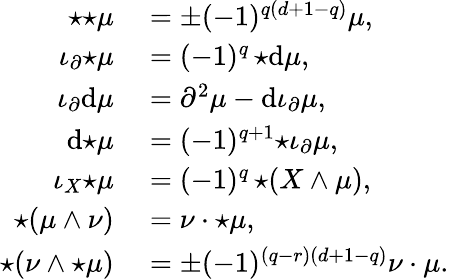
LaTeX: \begin{array}{rl}{{\star{\star\mu}}}&{{}=\pm(-1)^{q(d+1-q)}\mu,}\\ {\iota_{\partial}{\star\mu}}&{{}=(-1)^{q}\, {\star\mathrm{d}\mu},}\\ {\iota_{\partial}\mathrm{d}\mu}&{{}=\partial^{2}\mu-\mathrm{d}\iota_{\partial}\mu,}\\ {\mathrm{d}{\star\mu}}&{{}=(-1)^{q+1}{\star{\iota_{\partial}\mu}},}\\ {\iota_{X}{\star\mu}}&{{}=(-1)^{q}\, {\star(X\wedge\mu)},}\\ {{\star(\mu\wedge\nu)}}&{{}=\nu\cdot{\star\mu},}\\ {{\star(\nu\wedge\star\mu)}}&{{}=\pm(-1)^{(q-r)(d+1-q)}\nu\cdot\mu.}\end{array}